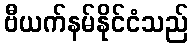
ဗီယက်နမ်နိုင်ငံသည်